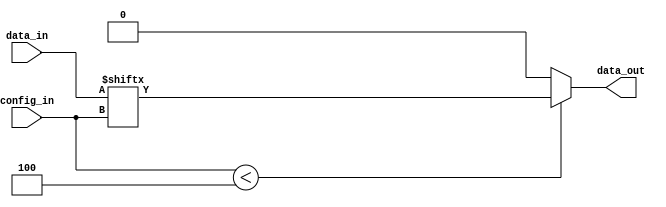
module MultiplexerSBIC(
    input [3:0] data_in,
    output data_out,
    input [1:0] config_in
);
    // Dispatch the config 
    wire [1:0] c_selector = config_in[1:0];

    // Synthesizer is probably better than me to infer the best mux
    assign data_out = config_in < 4 ? data_in[c_selector] : 0;
endmodule